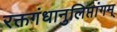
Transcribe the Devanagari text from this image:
रक्तगंधानुलिप्तांगम्